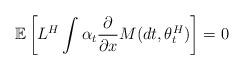
LaTeX: \begin{align*}\mathbb{E}\left[L^H\int \alpha_t \frac{\partial }{\partial x}M(dt,\theta^H_t) \right] = 0\end{align*}